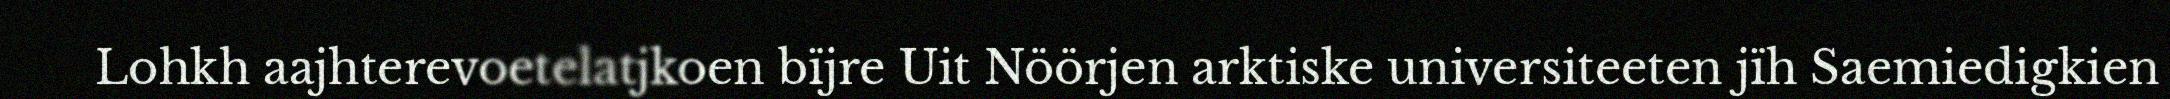
Lohkh aajhterevoetelatjkoen bïjre Uit Nöörjen arktiske universiteeten jïh Saemiedigkien